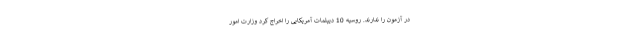
در آزمون را ندارند. روسیه 10 دیپلمات آمریکایی را اخراج کرد وزارت امور